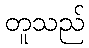
တူသည်